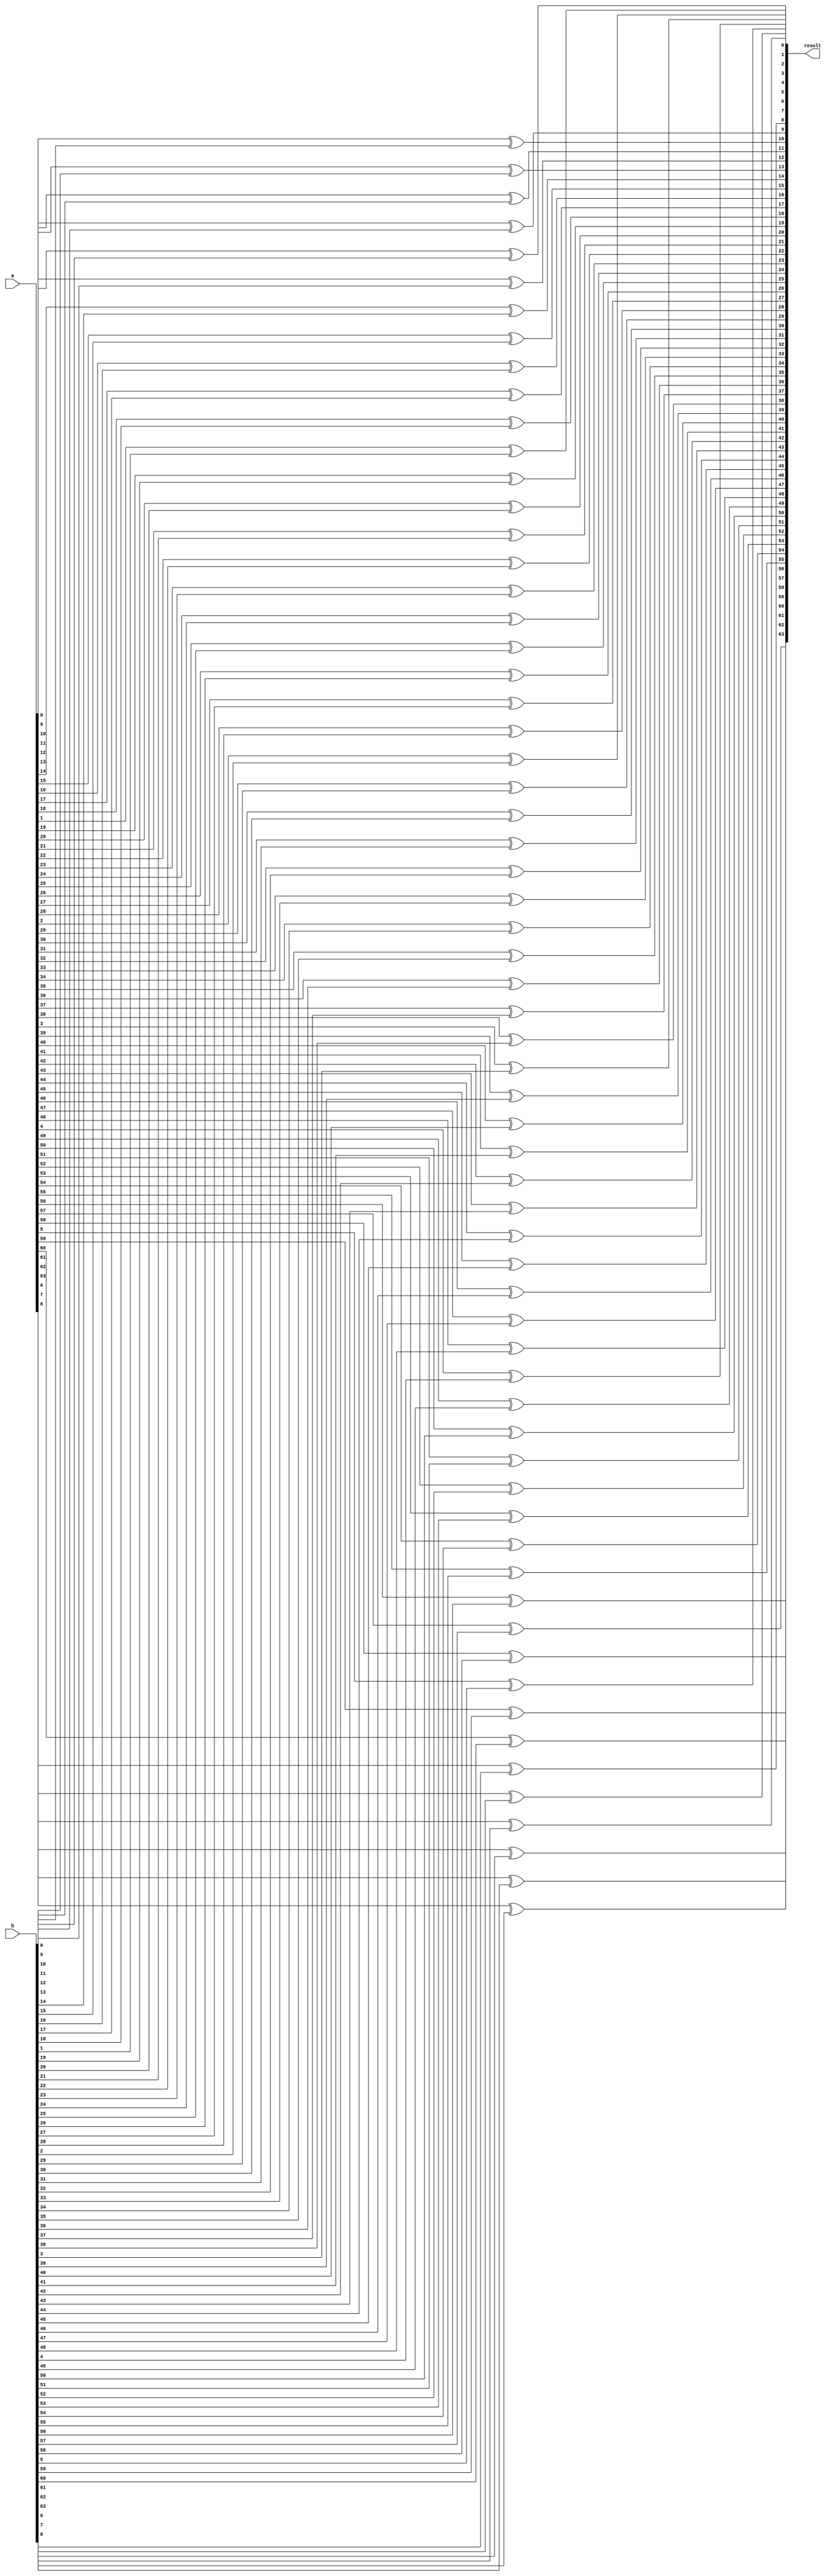
module xor_op(a,b,result);

    input [63:0] a,b;
    output [63:0] result;

    genvar i;
    for(i=0;i<64;i=i+1) begin
        xor(result[i], a[i], b[i]);
    end
    
endmodule